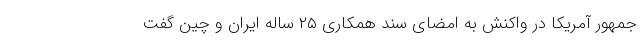
‌جمهور آمریکا در واکنش به امضای سند همکاری ۲۵ ساله ایران و چین گفت